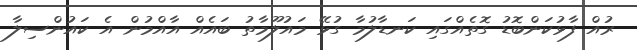
ރުއް ފާޅުކަންބޮޑު ގޮތެއްގައި ކަނޑާލުމާ ގުޅޭ މައުލޫމާތު ބައެއް އާއްމުން އެ ކައުންސިލާ